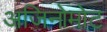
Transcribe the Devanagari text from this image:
अजिनोमोट